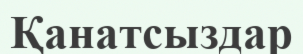
Қанатсыздар